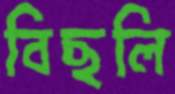
বিছলি